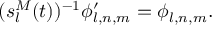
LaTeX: ( s _ { l } ^ { M } ( t ) ) ^ { - 1 } \phi _ { l , n , m } ^ { \prime } = \phi _ { l , n , m } .